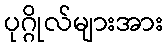
ပုဂ္ဂိုလ်များအား